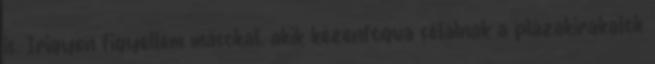
is. Irigyen figyeltem másokat, akik kézenfogva sétálnak a plázakirakatok